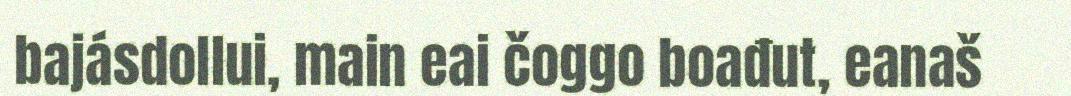
bajásdollui, main eai čoggo boađut, eanaš